Annual report on the working of the lock hospitals in the Central Provinces
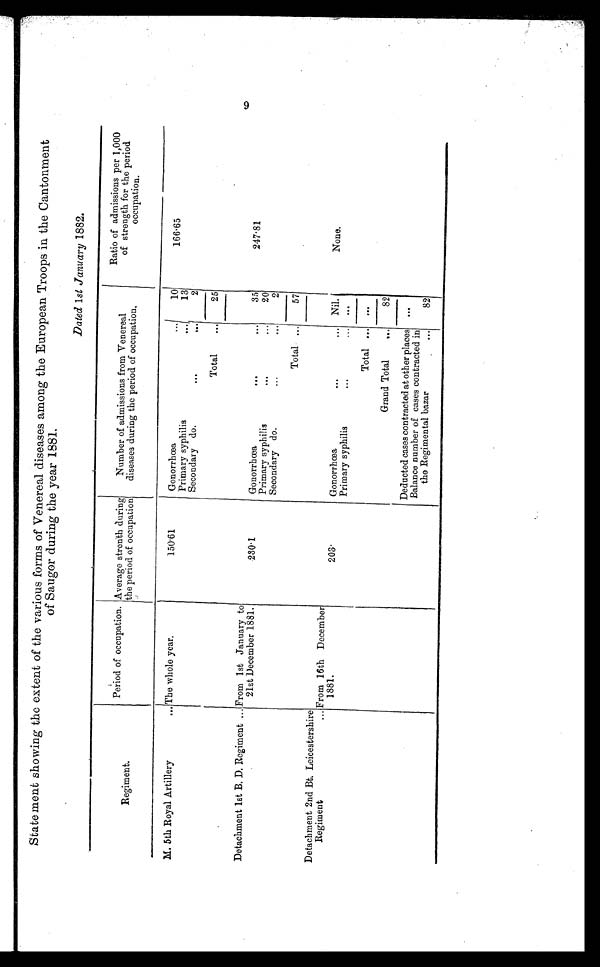
Statement showing the extent of the various forms of Venereal diseases among the European Troops in the Cantonment
of Saugor during the year 1881.
Dated 1st January 1882.
Regiment.
Period of occupation. Average strenth during
the period of occupation
Number of admissions from Venereal
diseases during the period of occupation.
Ratio of admissions per 1,000
of strength for the period
occupation.
M. 5th Royal Artillery
... The whole year.
150.61
Gonorrhœa
.-
10
166.65
Primary syphilis
13
Secondary do.
...
...
2
Total...
25
Detachment 1st B. D. Regiment ..
.
From 1st January to
21st December 1881.
230.1
Gonorrhœa...
...
35
2 4 7 . 8 1
Primary syphilis
...
...
20
Secondary do.
...
...
2
Total...
57
Detachment 2nd Bt. Leicestershire
Regiment... From 16th December
1881.
203.
Gonorrhœa
...
...
Nil.
None.
Primary syphilis
...
. . .
Total...
Grand Total...
...
82
. .. ....
Deducted cases contracted at other places
Balance number of cases contracted in
the Regimental bazar...
...
82